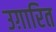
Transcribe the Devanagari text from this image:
उग़ारित